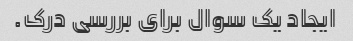
ایجاد یک سوال برای بررسی درک.